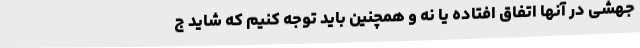
جهشی در آنها اتفاق افتاده یا نه و همچنین باید توجه کنیم که شاید ج